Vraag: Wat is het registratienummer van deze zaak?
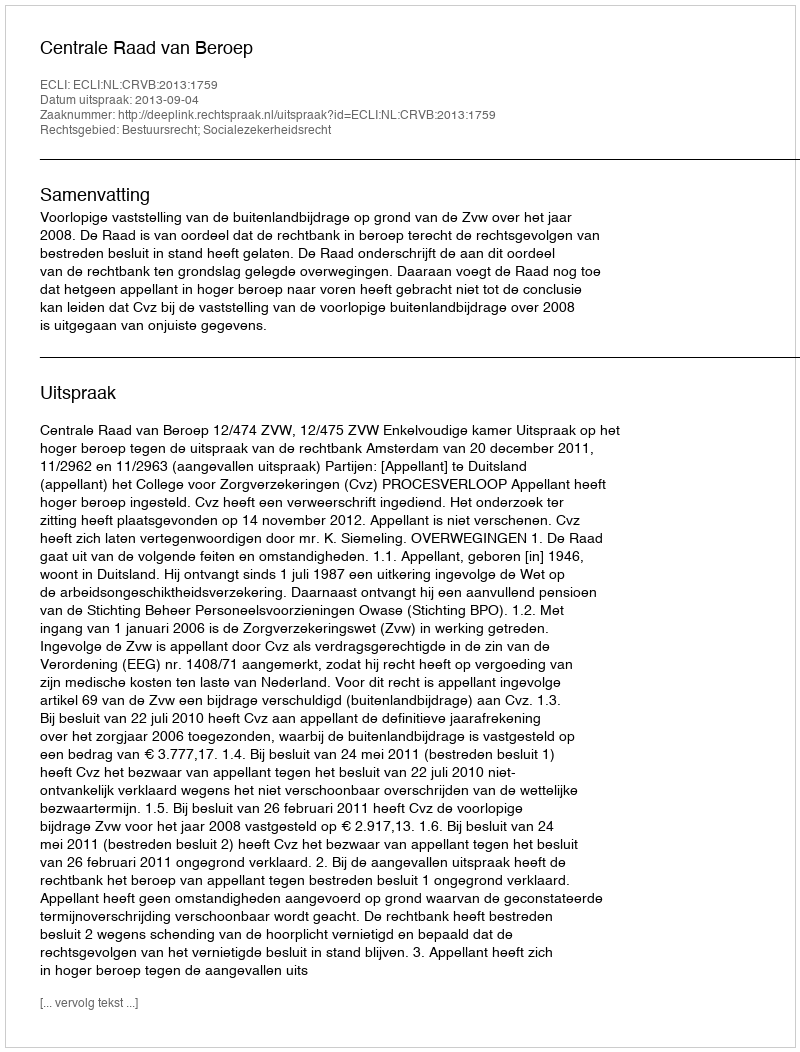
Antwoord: http://deeplink.rechtspraak.nl/uitspraak?id=ECLI:NL:CRVB:2013:1759